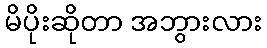
မိပိုးဆိုတာ အဘွားလား